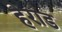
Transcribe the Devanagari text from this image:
हेराड